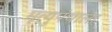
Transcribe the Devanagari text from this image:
मृत्युपंथाला